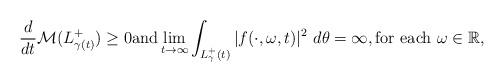
LaTeX: \begin{align*} \frac{d}{dt} {\mathcal M}(L^+_{\gamma(t)}) \geq 0 \mbox{and} \lim_{t \to \infty} \int_{L^+_\gamma (t)} |f(\cdot, \omega, t)|^2 ~ d\theta = \infty, \mbox{for each $\omega \in \mathbb R$},\end{align*}